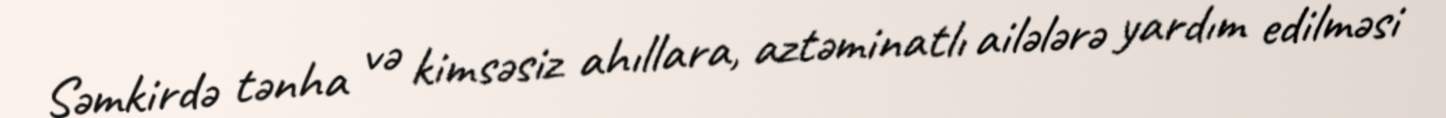
Şəmkirdə tənha və kimsəsiz ahıllara, aztəminatlı ailələrə yardım edilməsi